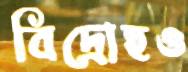
বিদ্রোহও